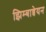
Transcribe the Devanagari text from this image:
झिम्बाब्वेयन